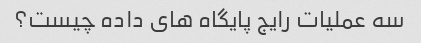
سه عملیات رایج پایگاه های داده چیست؟